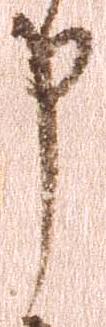
申